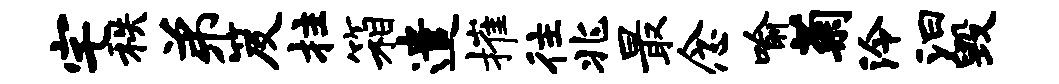
宅秩弟笈拄箱遣摧往兆最念喻菊泠汩毁